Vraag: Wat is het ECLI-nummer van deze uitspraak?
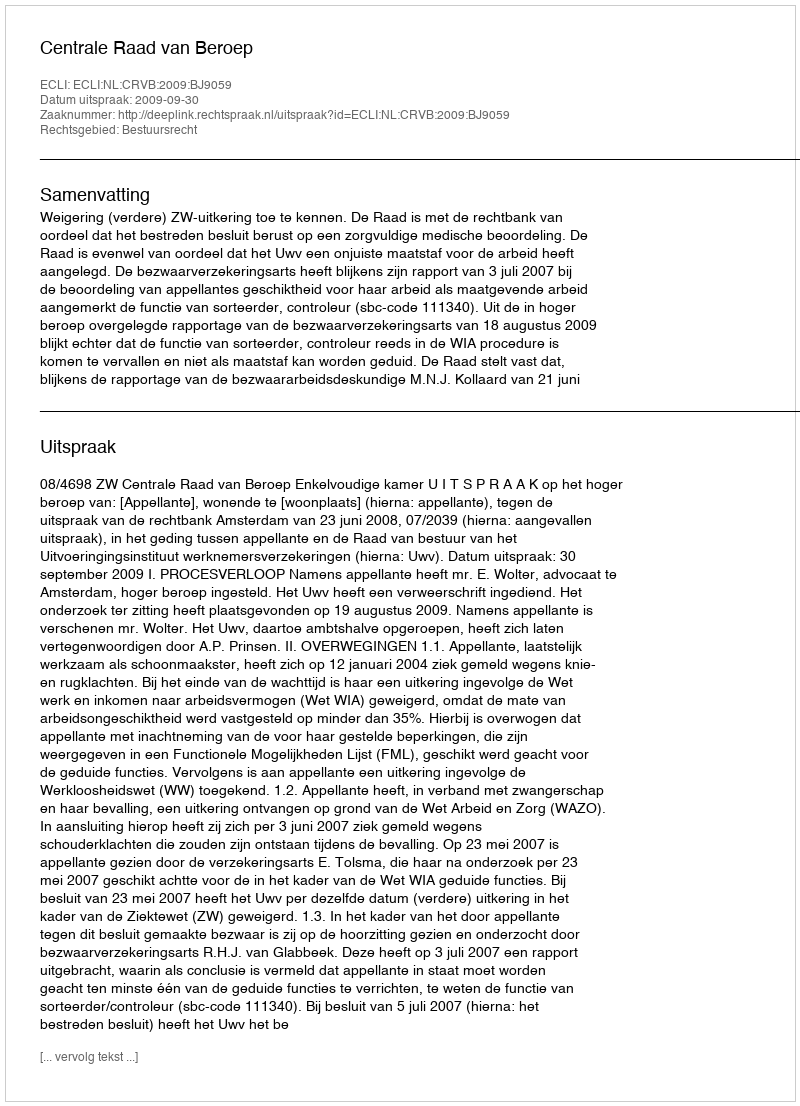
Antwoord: ECLI:NL:CRVB:2009:BJ9059